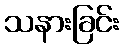
သနားခြင်း